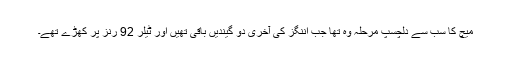
میچ کا سب سے دلچسپ مرحلہ وہ تھا جب اننگز کی آخری دو گیندیں باقی تھیں اور ٹیلر 92 رنز پر کھڑے تھے۔